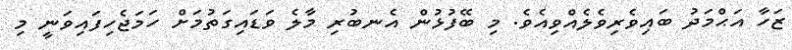
ޒަހާ އަޙްމަދު ބައިވެރިވެލެއްވިއެވެ. މި ބޭފުޅުން އެނބުރި މާލެ ވަޑައިގަތުމަށް ހަމަޖެހިފައިވަނީ މި